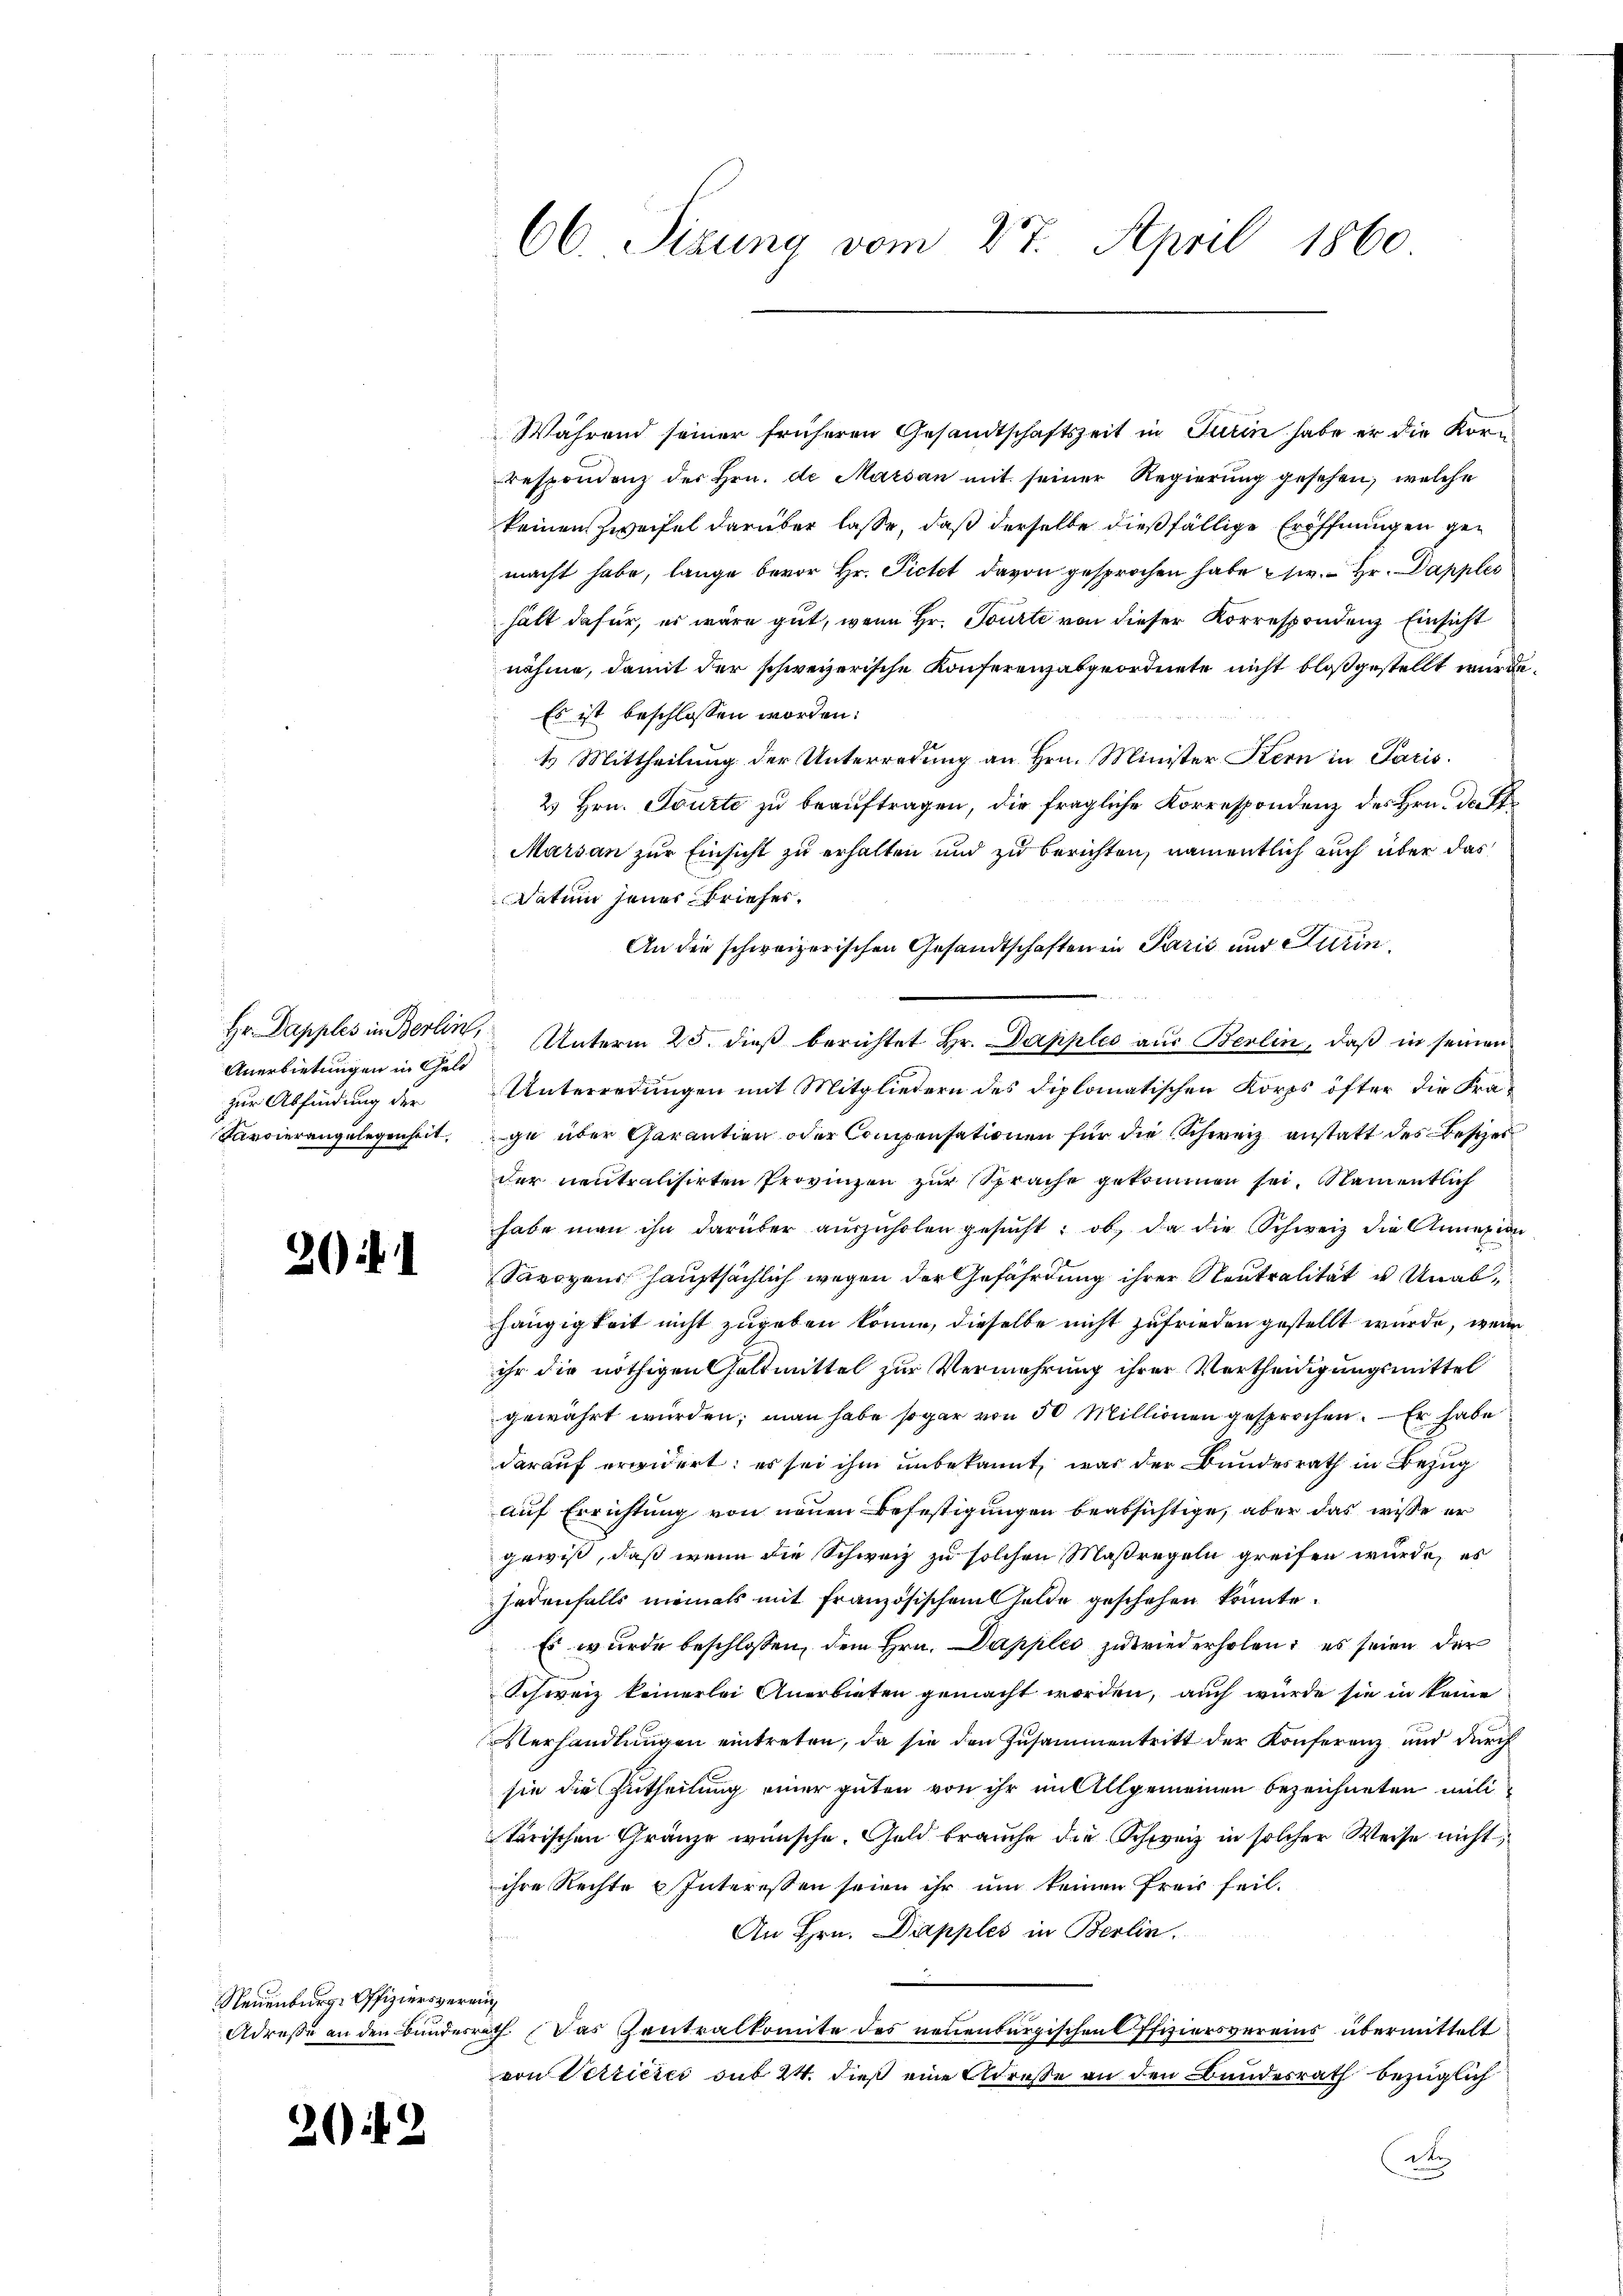
Anerbietungen in Geld
zur Abfindung der

2) i

Während seiner früheren Gesandtschaftszeit in Turin habe er die Kor¬
Bespondenz des Hrn. de Marsan mit seiner Regierung gesehen, welche
keinen Zweifel darüber lasse, daß derselbe dießfällige Eröffnungen gemacht habe, lange bevor Hr. Ficht davon gesprochen habe s. Hr. Dapples
hält dafür, es wäre gut, wenn Hr. Tourte von dieser Korrespondenz Einsicht
nähme, damit der schweizerische Konferenzabgeordnete nicht bloßgestellt wurde
Es ist beschlossen worden:
4 Mittheilung der Unterredung an Hrn. Minister Stern in Paris.
2 Hrn. Tourte zu beauftragen, die fragliche Korrespondenz des Hrn. Daf
Marsan zur Einsicht zu erhalten und zu berichten, namentlich auch über das
Datum jener Briefer¬
An die schweizerischen Gesandtschaften in Paris und Turin,
Hr. Dapples in Berlin, Unterm 25. dieß berichtet Hr. Dapples aus Berlin, daß in seinen
Unterredungen mit Mitgliedern des diplomatischen Korps öfter die Fra¬
Tarvierangelegenheit, ge über Garantion oder Componsationen für die Schweiz anstatt des Beschei
der neutralisirten Provinzen zur Sprache gekommen sei. Namentlich
habe man ihn darüber aŭszŭholen gesŭcht: ob da die Schweiz die Annexion
Savoyens hauptsächlich wegen der Gefährdung ihrer Neutralität u. Unabhängigkeit nicht zugeben könne, dieselbe nicht zufrieden gestellt wurde, wenn
ihr die nöthigen Haltmittel zur Vermehrung ihrer Vertheidigungsmittel
gewährt wurden; man habe sogar von 50 Millionen gesprochen. Er habe
darauf erwidert; es sei ihm unbekannt, was der Bundesrath in Bezug
auf Errichtung von neuen Befestigungen beabsichtige, aber das wisse er
gewiß, daß wenn die Schweiz zu solchen Maßregeln greifen würde, es
jedenfalls niemals mit Französischen Gelde geschehen könnte.
Es wurde beschlossen, dem Hrn. Dapples zu wiederholen, es seien der
Schweiz keinerlei Anerbieten gemacht worden, auch würde sie in keine
Verhandlŭngen eintreten, da sie den Zusammentritt der Konferenz und durch
sie die Zutheilung einer guten von ihr im Allgemeinen bezeichneten militarischen Gränze wünsche. Geld brauche die Schweiz in solcher Weise nicht
ihre Rechte u Interessen seien ihr um keinen Preis feil.
An Hrn. Dapples in Berlin.

Adresse an den Bundesrath das Zentralkomite des neuenburgischen Offiziersvereins übermittelt
von Verriere sub 24. dieß eine Adresse an den Bundesrath bezüglich
2

Neuenburg. Offiziers verauch

20 f 2

66. Sizung vom 27. April 1860